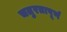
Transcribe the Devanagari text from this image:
चतुरतापूर्ण